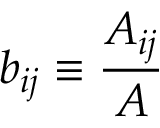
b _ { i j } \equiv \frac { A _ { i j } } { A }